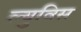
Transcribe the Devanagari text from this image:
ल्युविस